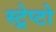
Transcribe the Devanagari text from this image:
स्ट्रेप्टो